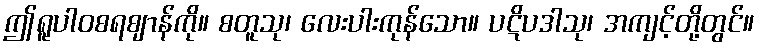
ဤရူပါဝစရဈာန်ကို။ စတူသု၊ လေးပါးကုန်သော။ ပဋိပဒါသု၊ အကျင့်တို့တွင်။